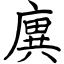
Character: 廙